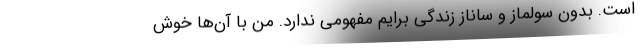
است. بدون سولماز و ساناز زندگی برایم مفهومی ندارد. من با آن‌ها خوش